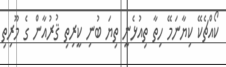
ކޯއްޗެކޭ ކިޔާނަމޭ ހިތާ ތިއުޅެނީ ތިޔަ ބުނި ކީރިތި ޤުރުއާން ގެ މޫރިތި